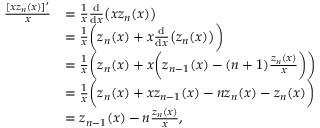
\begin{array} { r l } { \frac { [ x z _ { n } ( x ) ] ^ { \prime } } { x } } & { = \frac { 1 } { x } \frac { \mathrm { d } } { \mathrm { d } x } \big ( x z _ { n } ( x ) \big ) } \\ & { = \frac { 1 } { x } \bigg ( z _ { n } ( x ) + x \frac { \mathrm { d } } { \mathrm { d } x } \big ( z _ { n } ( x ) \big ) \bigg ) } \\ & { = \frac { 1 } { x } \bigg ( z _ { n } ( x ) + x \bigg ( z _ { n - 1 } ( x ) - ( n + 1 ) \frac { z _ { n } ( x ) } { x } \bigg ) \bigg ) } \\ & { = \frac { 1 } { x } \bigg ( z _ { n } ( x ) + x z _ { n - 1 } ( x ) - n z _ { n } ( x ) - z _ { n } ( x ) \bigg ) } \\ & { = z _ { n - 1 } ( x ) - n \frac { z _ { n } ( x ) } { x } , } \end{array}